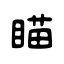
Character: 瞄